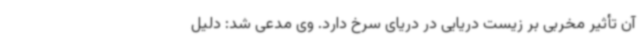
آن تأثیر مخربی بر زیست دریایی در دریای سرخ دارد. وی مدعی شد: دلیل